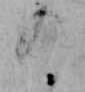
の